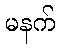
မနက်